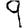
Digit: 9